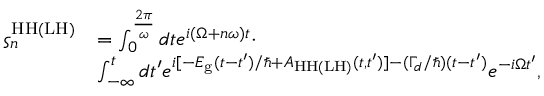
\begin{array} { r l } { \varsigma _ { n } ^ { \mathrm { H H } ( \mathrm { L H } ) } } & { = \int _ { 0 } ^ { \frac { 2 \pi } { \omega } } d t e ^ { i ( \Omega + n \omega ) t } \cdot } \\ & { \int _ { - \infty } ^ { t } d t ^ { \prime } e ^ { i [ - E _ { \mathrm { g } } ( t - t ^ { \prime } ) / \hbar + A _ { \mathrm { H H } ( \mathrm { L H } ) } ( t , t ^ { \prime } ) ] - ( \Gamma _ { d } / \hbar ) ( t - t ^ { \prime } ) } e ^ { - i \Omega t ^ { \prime } } , } \end{array}